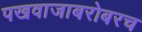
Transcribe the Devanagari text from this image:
पखवाजाबरोबरच